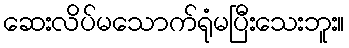
ဆေးလိပ်မသောက်ရုံမပြီးသေးဘူး။